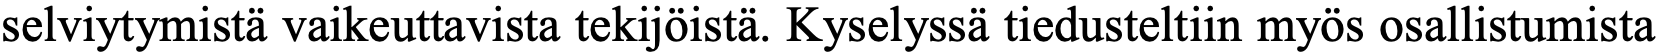
selviytymistä vaikeuttavista tekijöistä. Kyselyssä tiedusteltiin myös osallistumista